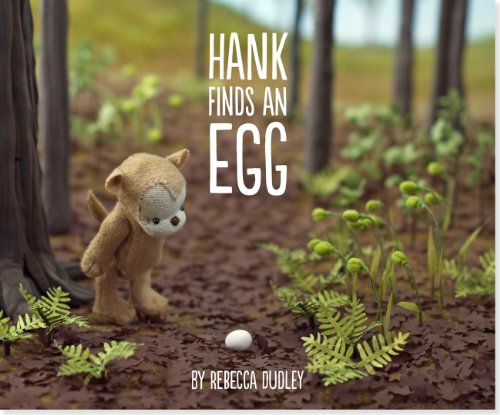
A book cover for Hank Finds an Egg; Rebecca Dudley; Children's Books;